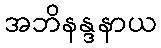
အဘိနန္ဒနာယ